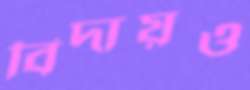
বিদায়ও